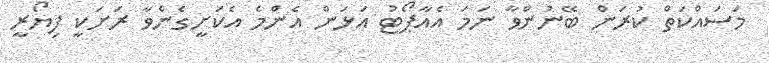
މަސައްކަތް ކުރަން ބޭނުންވާ ނަމަ އެއާޕޯޓު އަޅަން އެންމެ އެކަށީގެންވާ ރަށަކީ ފިޔޯރީ